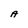
Character: A